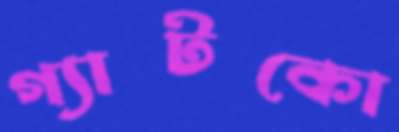
গ্যাটকো